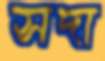
সদা